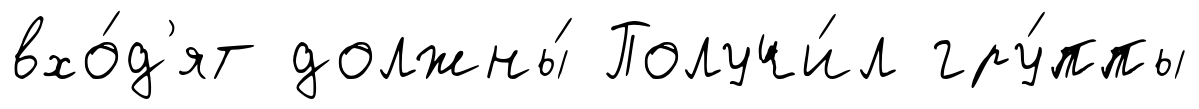
вхо́д'ят должны́ Получи́л гру́ппы